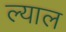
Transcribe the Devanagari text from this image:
ल्याल